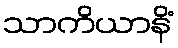
သာကိယာနိံ